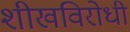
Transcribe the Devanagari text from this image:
शीखविरोधी